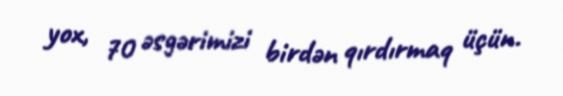
yox, 70 əsgərimizi birdən qırdırmaq üçün.